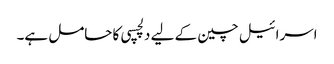
اسرائیل چین کے لیے دلچسپی کا حامل ہے۔